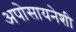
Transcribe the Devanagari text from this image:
अपोसायनेशी